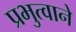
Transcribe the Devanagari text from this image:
प्रभुत्वाने